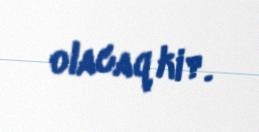
olacaq ki?.